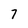
Character: 7